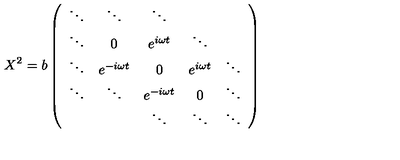
X ^ { 2 } = b \left( \begin{array} { c c c c c } { \ddots } & { \ddots } & { \ddots } & { } & { } \\ { \ddots } & { 0 } & { e ^ { i \omega t } } & { \ddots } & { } \\ { \ddots } & { e ^ { - i \omega t } } & { 0 } & { e ^ { i \omega t } } & { \ddots } \\ { \ddots } & { \ddots } & { e ^ { - i \omega t } } & { 0 } & { \ddots } \\ { } & { } & { \ddots } & { \ddots } & { \ddots } \\ \end{array} \right)